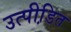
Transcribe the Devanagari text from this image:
उत्पीडि़त